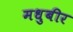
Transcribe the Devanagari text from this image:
मधुबीर